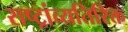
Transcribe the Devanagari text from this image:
राष्ट्रांव्यतिरिक्त